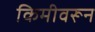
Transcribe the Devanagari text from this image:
किमीवरून